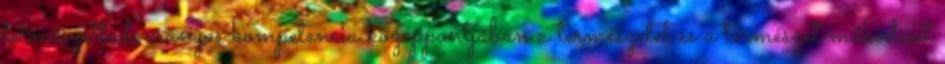
természettudományos kompetencia középpontjában a természetet és a természet működését